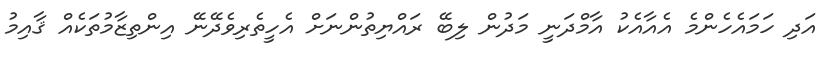
އަދި ހަމައެހެންމެ އެއާއެކު އާމްދަނީ މަދުން ލިބޭ ރައްޔިތުންނަށް އެހީތެރިވެދޭނޭ އިންތިޒާމުތަކެއް ޤާއިމު